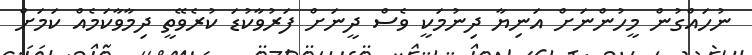
ނުހައްގުން މީހުންނަށް އަނިޔާ ދިނުމަކީ ވެސް ދީނަށް ފަރުވާކުޑަ ކުރެވޭތީ ދިމާވާކަމެއް ކަމަށް